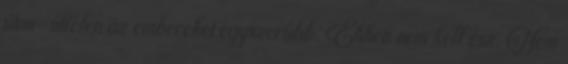
úton-útfélen az embereket egyszerűbb. Ehhez nem kell ész. Nem